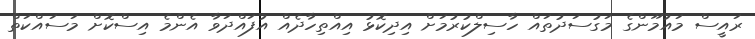
ރައީސް މައުމޫންގެ މަގުސަދުތައް ހާސިލްކުރުމަށް އިދިކޮޅު އިއްތިހާދެއް އުފައްދަވާ އެންމެ އިސްކޮށް މަސައްކަތް